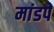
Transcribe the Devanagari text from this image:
मांडपे